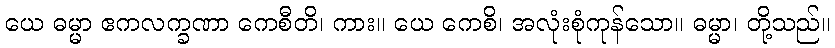
ယေ ဓမ္မာ ဧကလက္ခဏာ ကေစီတိ၊ ကား။ ယေ ကေစိ၊ အလုံးစုံကုန်သော။ ဓမ္မာ၊ တို့သည်။